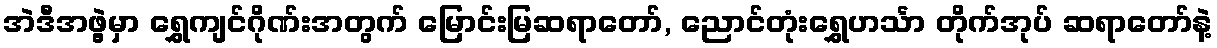
အဲဒီအဖွဲ့မှာ ရွှေကျင်ဂိုဏ်းအတွက် မြောင်းမြဆရာတော်, ညောင်တုံးရွှေဟင်္သာ တိုက်အုပ် ဆရာတော်နဲ့